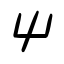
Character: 屮